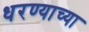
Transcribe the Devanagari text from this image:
धरण्याच्या